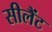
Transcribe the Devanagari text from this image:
सीलैंट